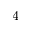
_ \mathrm { 4 }